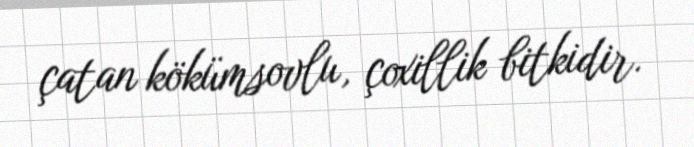
çatan kökümsovlu, çoxillik bitkidir.